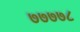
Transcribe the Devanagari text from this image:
७७७७८